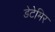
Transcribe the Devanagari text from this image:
डेटेमिर